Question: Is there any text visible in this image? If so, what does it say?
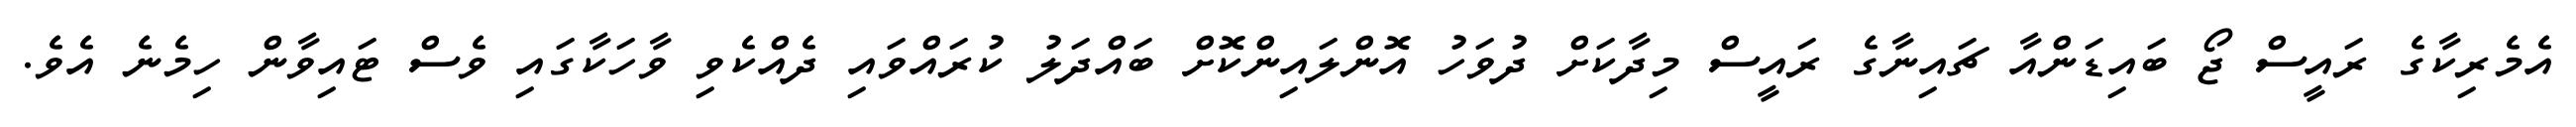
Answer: އެމެރިކާގެ ރައީސް ޖޯ ބައިޑަންއާ ޗައިނާގެ ރައީސް މިދާކަށް ދުވަހު އޮންލައިންކޮށް ބައްދަލު ކުރައްވައި ދެއްކެވި ވާހަކާގައި ވެސް ޓައިވާން ހިމެނެ އެވެ.